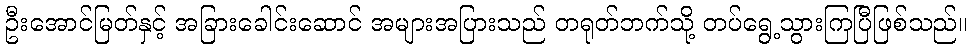
ဦးအောင်မြတ်နှင့် အခြားခေါင်းဆောင် အများအပြားသည် တရုတ်ဘက်သို့ တပ်ရွေ့သွားကြပြီဖြစ်သည်။